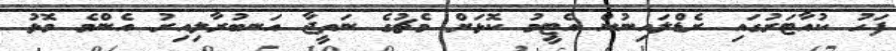
ފަހު ކުއާޓަރުގައި ރެޑްލައިނުން އެޓީމު ކޮޅަށް މެޗުގެ ނަތީޖާ އަނބުރާލިއިރު އެންމެ މޮޅު